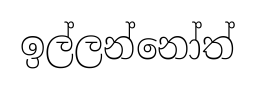
ඉල්ලන්නෝත්